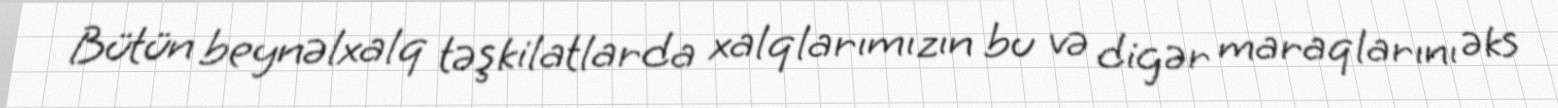
Bütün beynəlxalq təşkilatlarda xalqlarımızın bu və digər maraqlarını əks